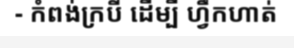
- កំពង់ក្របី ដើម្បី ហ្វឹកហាត់